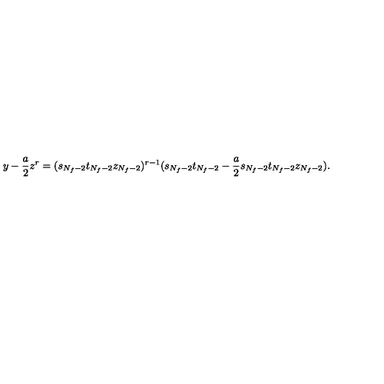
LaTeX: y - \frac { a } { 2 } z ^ { r } = ( s _ { N _ { f } - 2 } t _ { N _ { f } - 2 } z _ { N _ { f } - 2 } ) ^ { r - 1 } ( s _ { N _ { f } - 2 } t _ { N _ { f } - 2 } - \frac { a } { 2 } s _ { N _ { f } - 2 } t _ { N _ { f } - 2 } z _ { N _ { f } - 2 } ) .